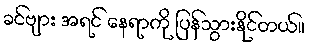
ခင်ဗျား အရင် နေရာကို ပြန်သွားနိုင်တယ်။